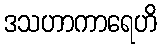
ဒသဟာကာရေဟိ